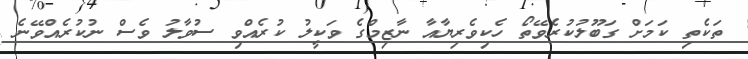
ތަކެތި ކަމަށް ގަބޫލުކުރެވޭތޯ ހެކިވެރިޔާއާ ނާޒިމްގެ ވަކީލު ކުރެއްވި ސުވާލު ވެސް ނުކުރެއްވޭނެ